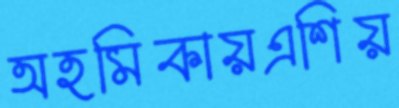
অহমিকায়এশিয়